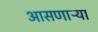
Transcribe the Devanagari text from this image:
आसणाऱ्या